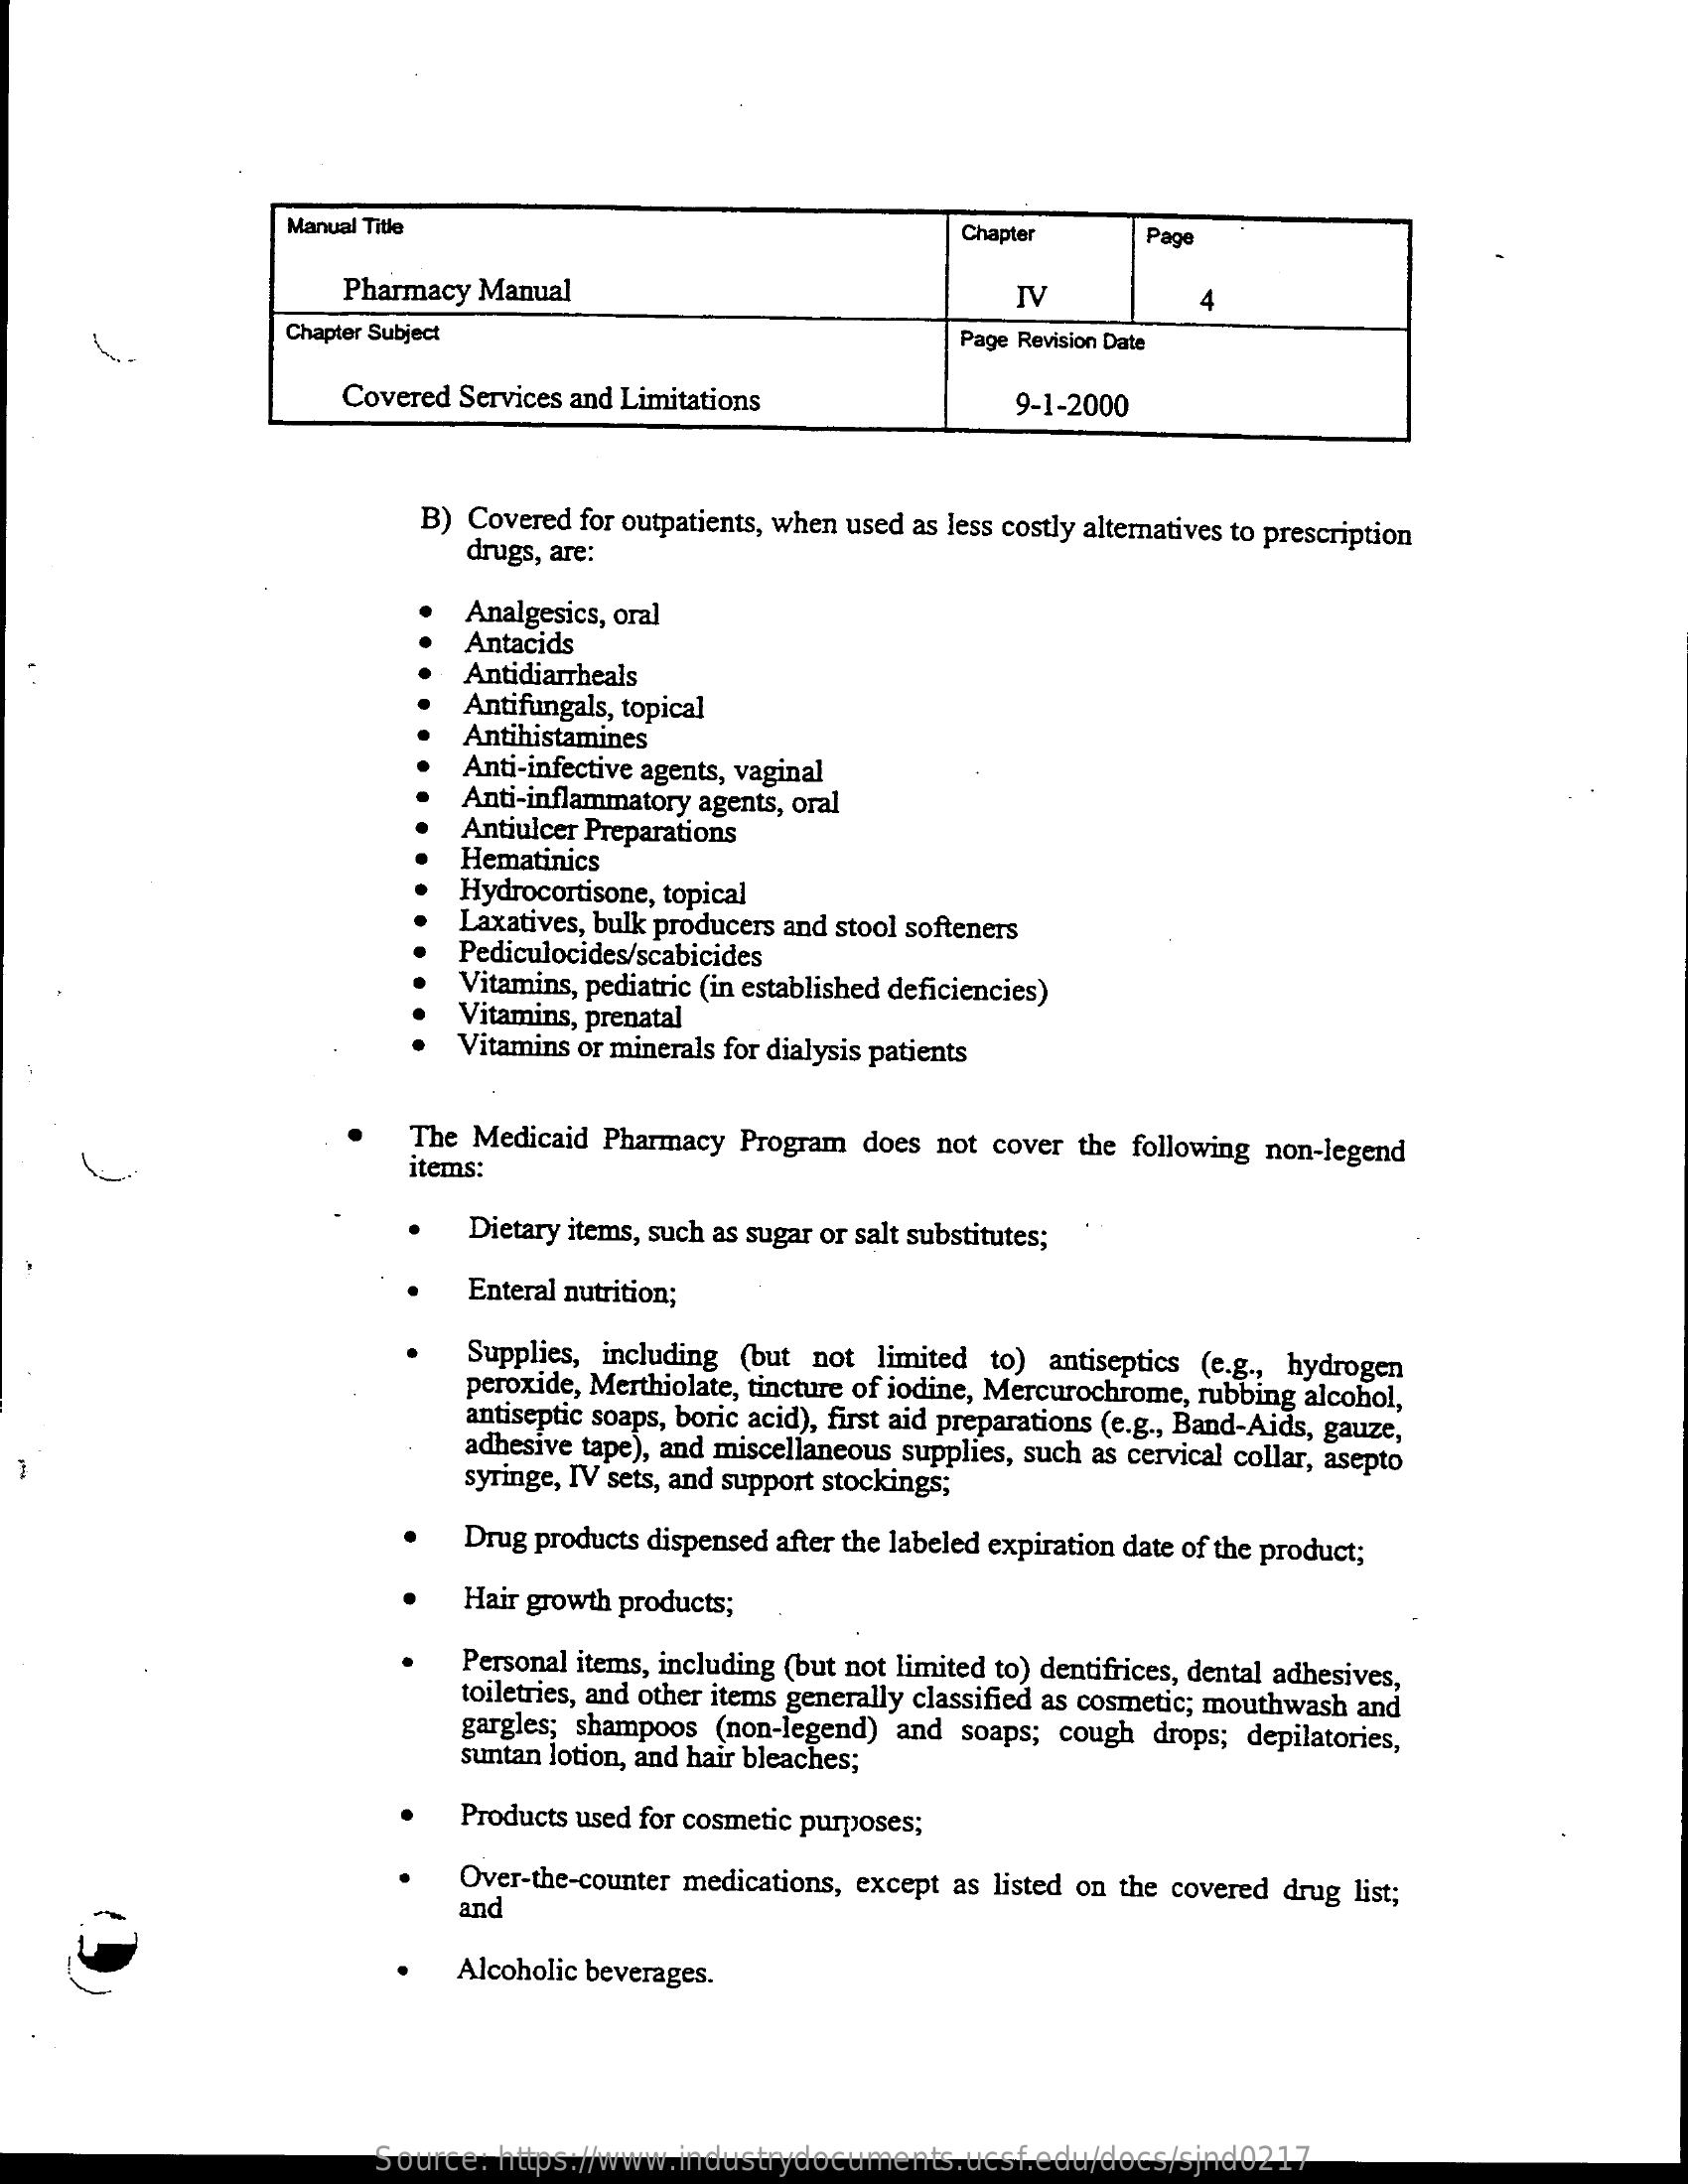
Manual    Title    Chapter    Page
     Pharmacy    Manual    IV    4
     Chapter    Subject    Page    Revision    Date
     Covered    Services    and    Limitations    9-1-2000
     B)    Covered    for   outpatients,    when    used    as   less    costly    alternatives    to   prescription
     drugs,    are:
     Analgesics,    oral
     Antacids
     Antidiarrheals
     Antifungals,    topical
     Antihistamines
     Anti-infective    agents,    vaginal
     Anti-inflammatory    agents,    oral
     Antiulcer    Preparations
     Hematinics
     Hydrocortisone,    topical
     Laxatives,    bulk    producers    and    stool    softeners
     Pediculocides/scabicides
     Vitamins,    pediatric    (in    established    deficiencies)
     Vitamins,    prenatal
     Vitamins    or   minerals    for   dialysis    patients
     The    Medicaid    Pharmacy    Program    does    not    cover    the    following    non-legend
     items:
     Dietary    items,    such    as   sugar    or   salt   substitutes;
     Enteral    nutrition;
     Supplies,    including    (but    not    limited    to)    antiseptics    (e.g   .,   hydrogen
     peroxide,    Merthiolate,    tincture    of   iodine,    Mercurochrome,    rubbing    alcohol,
     antiseptic    soaps,    boric    acid),    first   aid    preparations    (e.g   ., Band-Aids,    gauze, adhesive tape), and miscellaneous supplies, such as cervical collar, asepto
     syringe,    IV    sets,   and    support    stockings;
     Drug    products    dispensed    after   the    labeled    expiration    date    of   the   product;
     Hair    growth    products;
     Personal    items,    including    (but    not    limited    to)    dentifrices,    dental    adhesives,
     toiletries,    and    other    items    generally    classified    as   cosmetic;    mouthwash    and
     gargles;    shampoos    (non-legend)    and    soaps;    cough    drops;    depilatories,
     suntan    lotion,    and    hair    bleaches;
     Products    used    for   cosmetic    purposes;
     Over-the-counter    medications,    except    as   listed    on    the    covered    drug    list;
     and
     Alcoholic    beverages.
     Source:    https://www.industrydocuments.ucsf.edu/docs/sjnd0217